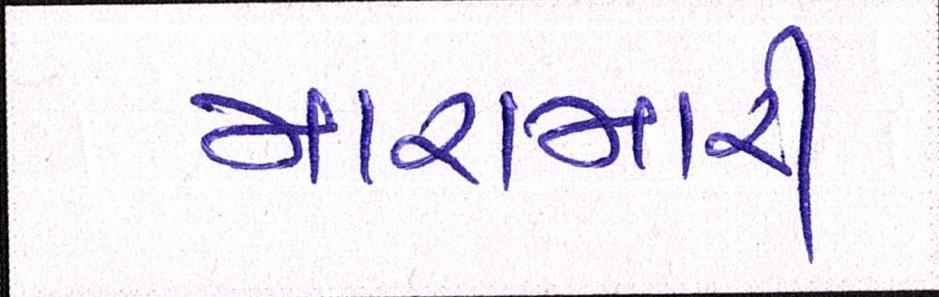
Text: મારામારી